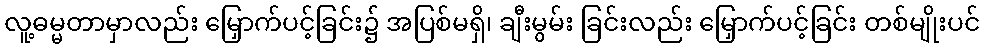
လူ့ဓမ္မတာမှာလည်း မြှောက်ပင့်ခြင်း၌ အပြစ်မရှိ၊ ချီးမွမ်း ခြင်းလည်း မြှောက်ပင့်ခြင်း တစ်မျိုးပင်